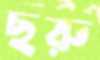
ছরু